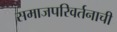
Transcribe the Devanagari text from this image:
समाजपरिवर्तनाची